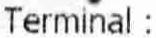
TERMINAL :